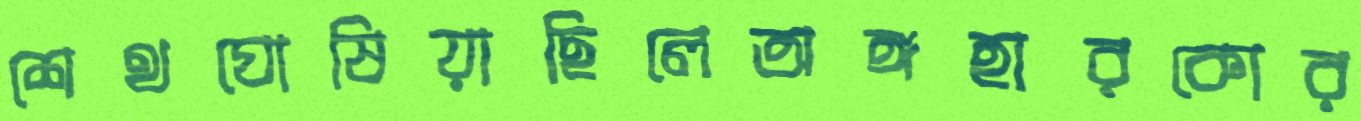
শেথঘোষিয়াছিলেঅঙ্গহারকোর